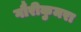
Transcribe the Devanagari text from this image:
गौरीकुमरा